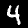
Label: 4